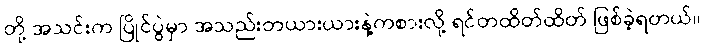
တို့ အသင်းက ပြိုင်ပွဲမှာ အသည်းတယားယားနဲ့ကစားလို့ ရင်တထိတ်ထိတ် ဖြစ်ခဲ့ရတယ်။